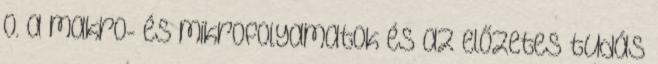
o. a makro- és mikrofolyamatok és az előzetes tudás